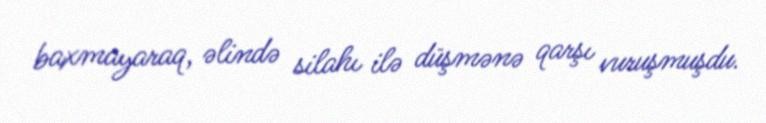
baxmayaraq, əlində silahı ilə düşmənə qarşı vuruşmuşdu.